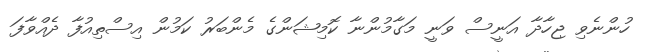
ހުންނެވި ޖިހާދާ އަނީސް ވަނީ މަގާމުންނާ ކޮމިޝަންގެ މެންބަރު ކަމުން އިސްތިއުފާ ދެއްވާފަ